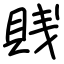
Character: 賎